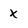
Character: X